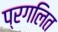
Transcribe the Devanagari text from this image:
प्रगलित